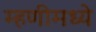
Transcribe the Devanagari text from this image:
म्हणीमध्ये